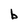
Character: b